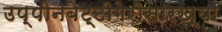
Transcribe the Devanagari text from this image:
उप्पीनबेट्टीगेरीसारख्या